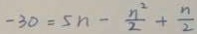
- 3 0 = 5 n - \frac { n ^ { 2 } } { 2 } + \frac { n } { 2 }